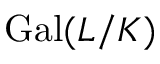
\operatorname { G a l } ( L / K )